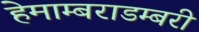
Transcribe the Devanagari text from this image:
हेमाम्बराडम्बरी